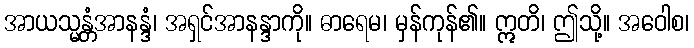
အာယသ္မန္တံအာနန္ဒံ၊ အရှင်အာနန္ဒာကို။ ဓာရေမ၊ မှန်ကုန်၏။ ဣတိ၊ ဤသို့။ အဝေါစ၊